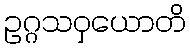
ဥဂ္ဂသဝှယောတိ